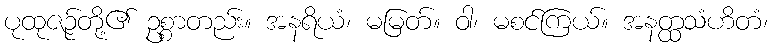
ပုထုဇဉ်တို့၏ ဥစ္စာတည်း။ အနရိယံ၊ မမြတ်။ ဝါ၊ မစင်ကြယ်။ အနတ္ထသံဟိတံ၊